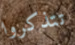
تتذكروا